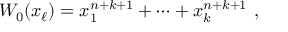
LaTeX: W _ { 0 } ( x _ { \ell } ) = x _ { 1 } ^ { n + k + 1 } + \cdots + x _ { k } ^ { n + k + 1 } ~ ,